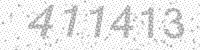
Solution: 411413